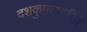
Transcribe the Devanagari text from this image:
दशकुमारचरिते